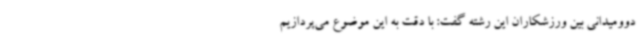
دوومیدانی بین ورزشکاران این رشته گفت: با دقت به این موضوع می‌پردازیم